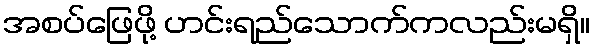
အစပ်ဖြေဖို့ ဟင်းရည်သောက်ကလည်းမရှိ။